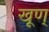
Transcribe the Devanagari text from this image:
खूण्